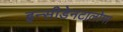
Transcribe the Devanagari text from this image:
इन्सीडेनटालोमा